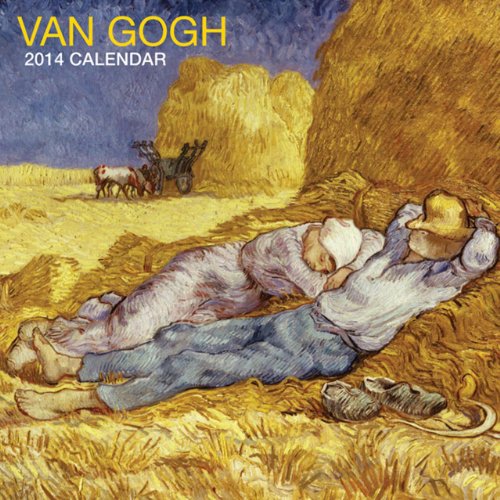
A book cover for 2014 Calendar: Van Gogh: 12-Month Calendar Featuring Famous Fine-Art Paintings From One Of The Greatest 19Th-Century Artists; Peony Press; Calendars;